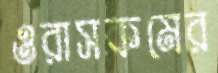
ওরাসকমের